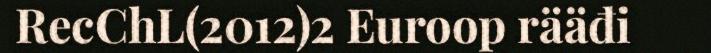
RecChL(2012)2 Euroop rääđi